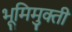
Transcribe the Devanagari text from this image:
भूमिमुक्ती